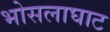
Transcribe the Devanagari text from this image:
भोसलाघाट